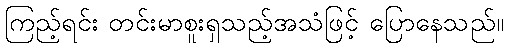
ကြည့်ရင်း တင်းမာစူးရှသည့်အသံဖြင့် ပြောနေသည်။